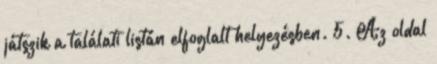
játszik a találati listán elfoglalt helyezésben. 5. Az oldal